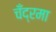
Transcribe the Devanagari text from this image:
चँद्रमा